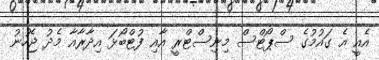
އެއީ އެ ގައުމުގެ ސްޕޯޓްސް މިނިސްޓްރީ އާއި ފުޓްބޯޅަ އިދާރާއާ މެދު ޖެހުނު